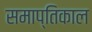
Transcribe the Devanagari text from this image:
समाप्तिकाल